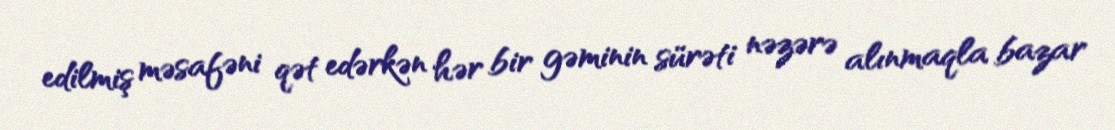
edilmiş məsafəni qət edərkən hər bir gəminin sürəti nəzərə alınmaqla bazar